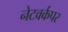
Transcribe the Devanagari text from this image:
नेटवर्कपर